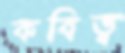
কবিত্ব